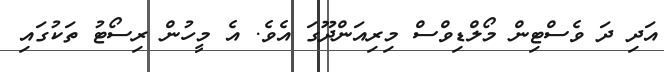
އަދި ދަ ވެސްޓިން މޯލްޑިވްސް މިރިއަންދޫގަ އެވެ. އެ މީހުން ރިސޯޓު ތަކުގައި